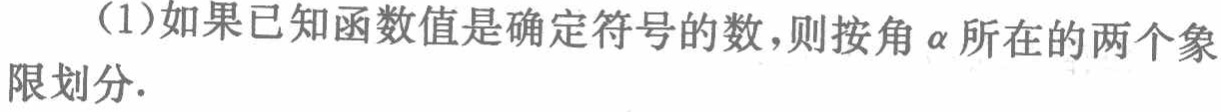
(1)如果已知函数值是确定符号的数，则按角\(\alpha\)所在的两个象限划分.